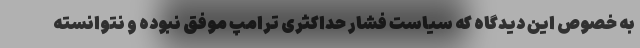
به خصوص این دیدگاه که سیاست فشار حداکثری ترامپ موفق نبوده و نتوانسته